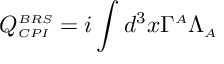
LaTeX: \displaystyle Q _ { \scriptscriptstyle C P I } ^ { \scriptscriptstyle B R S } = i \int d ^ { 3 } x \Gamma ^ { \scriptscriptstyle A } \Lambda _ { \scriptscriptstyle A }